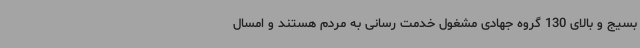
بسیج و بالای 130 گروه جهادی مشغول خدمت رسانی به مردم هستند و امسال